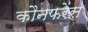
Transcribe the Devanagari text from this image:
कौनफरेंस